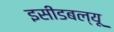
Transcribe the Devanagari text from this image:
इसीडबल्यू